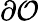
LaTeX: \partial\mathcal{O}